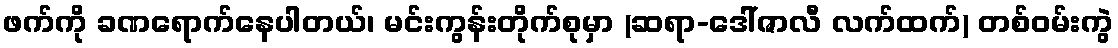
ဖက်ကို ခဏရောက်နေပါတယ်၊ မင်းကွန်းတိုက်စုမှာ (ဆရာ-ဒေါ်ဇာလီ လက်ထက်) တစ်ဝမ်းကွဲ